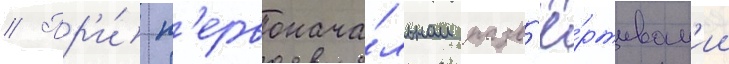
// Пр'и́ п'ервонача́льном разв'ё́ртыван'ии